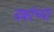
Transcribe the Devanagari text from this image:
वक्रांच्या